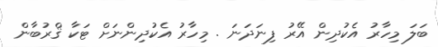
ބަލަ މިހާރު އެކުދިން އޭރު ފިނަދަނަ . މިހާރު އެކުދިންނަށް ޓަކާ ޤްރުބާން